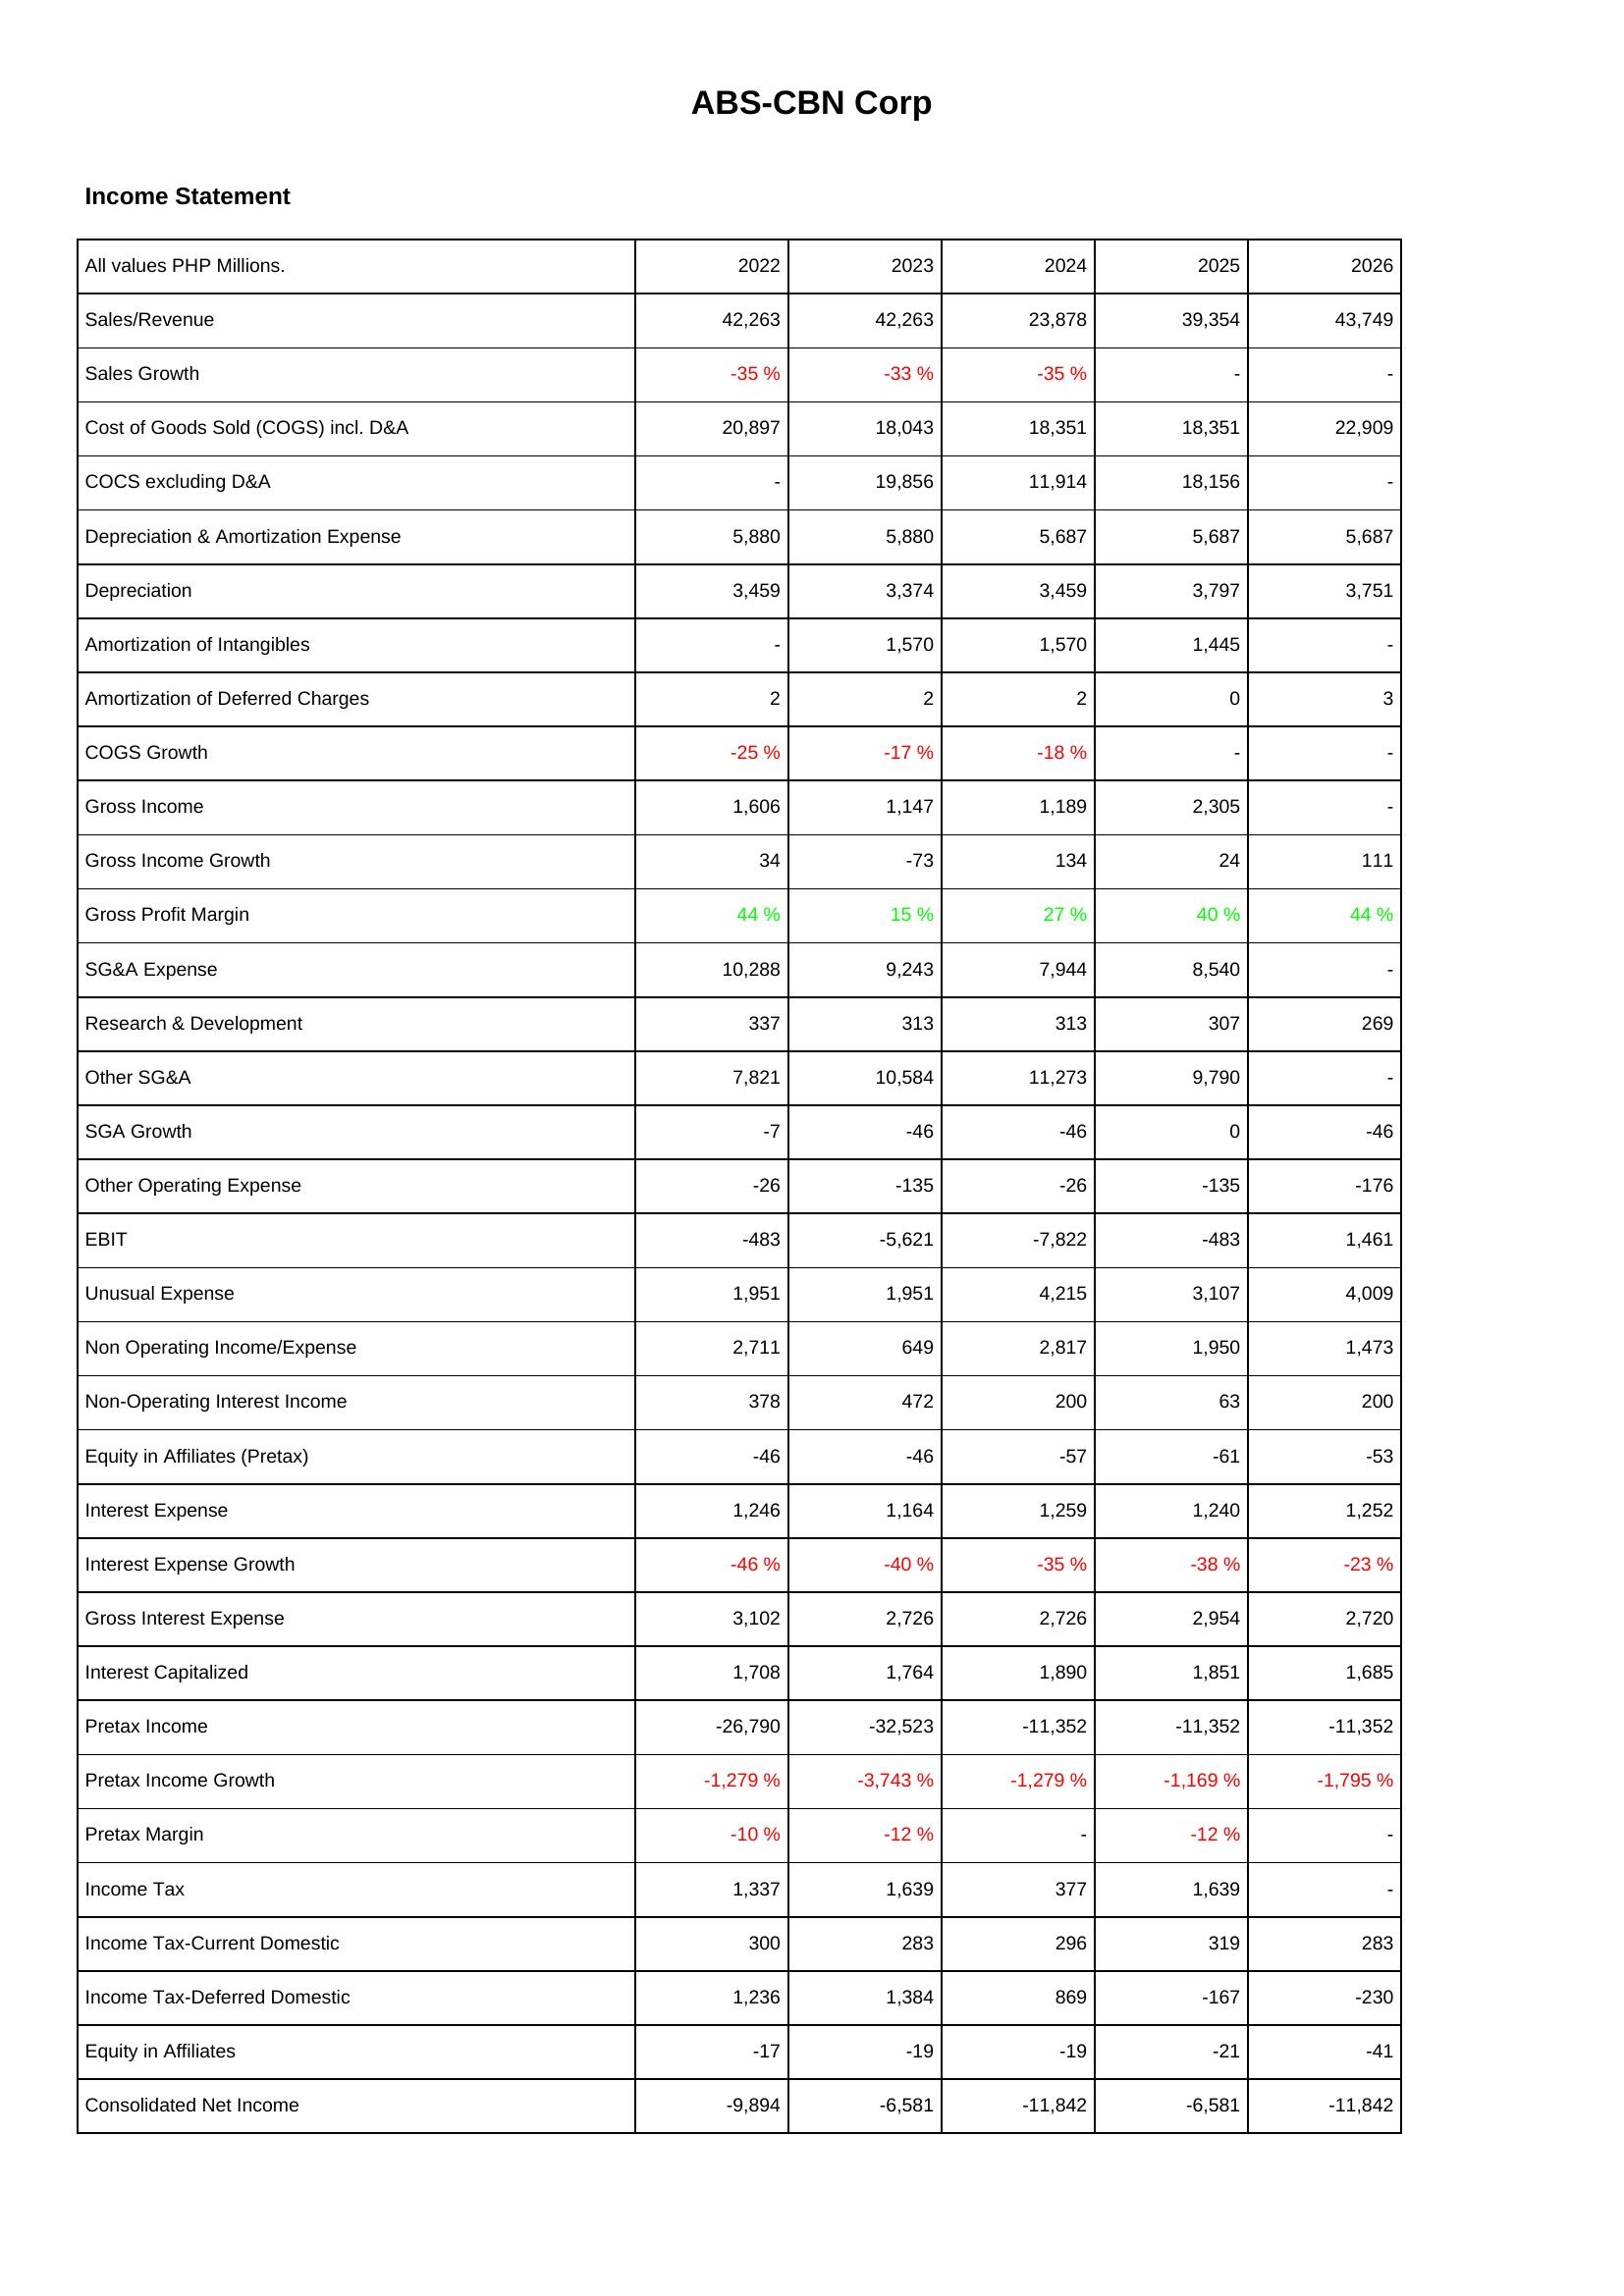
2022: Income Statement: Sales/Revenue: 42,263
Sales Growth: -35 %
Cost of Goods Sold (COGS) incl. D&A: 20,897
COCS excluding D&A: -
Depreciation & Amortization Expense: 5,880
Depreciation: 3,459
Amortization of Intangibles: -
Amortization of Deferred Charges: 2
COGS Growth: -25 %
Gross Income: 1,606
Gross Income Growth: 34
Gross Profit Margin: 44 %
SG&A Expense: 10,288
Research & Development: 337
Other SG&A: 7,821
SGA Growth: -7
Other Operating Expense: -26
EBIT: -483
Unusual Expense: 1,951
Non Operating Income/Expense: 2,711
Non-Operating Interest Income: 378
Equity in Affiliates (Pretax): -46
Interest Expense: 1,246
Interest Expense Growth: -46 %
Gross Interest Expense: 3,102
Interest Capitalized: 1,708
Pretax Income: -26,790
Pretax Income Growth: -1,279 %
Pretax Margin: -10 %
Income Tax: 1,337
Income Tax-Current Domestic: 300
Income Tax-Deferred Domestic: 1,236
Equity in Affiliates: -17
Consolidated Net Income: -9,894
2023: Income Statement: Sales/Revenue: 42,263
Sales Growth: -33 %
Cost of Goods Sold (COGS) incl. D&A: 18,043
COCS excluding D&A: 19,856
Depreciation & Amortization Expense: 5,880
Depreciation: 3,374
Amortization of Intangibles: 1,570
Amortization of Deferred Charges: 2
COGS Growth: -17 %
Gross Income: 1,147
Gross Income Growth: -73
Gross Profit Margin: 15 %
SG&A Expense: 9,243
Research & Development: 313
Other SG&A: 10,584
SGA Growth: -46
Other Operating Expense: -135
EBIT: -5,621
Unusual Expense: 1,951
Non Operating Income/Expense: 649
Non-Operating Interest Income: 472
Equity in Affiliates (Pretax): -46
Interest Expense: 1,164
Interest Expense Growth: -40 %
Gross Interest Expense: 2,726
Interest Capitalized: 1,764
Pretax Income: -32,523
Pretax Income Growth: -3,743 %
Pretax Margin: -12 %
Income Tax: 1,639
Income Tax-Current Domestic: 283
Income Tax-Deferred Domestic: 1,384
Equity in Affiliates: -19
Consolidated Net Income: -6,581
2024: Income Statement: Sales/Revenue: 23,878
Sales Growth: -35 %
Cost of Goods Sold (COGS) incl. D&A: 18,351
COCS excluding D&A: 11,914
Depreciation & Amortization Expense: 5,687
Depreciation: 3,459
Amortization of Intangibles: 1,570
Amortization of Deferred Charges: 2
COGS Growth: -18 %
Gross Income: 1,189
Gross Income Growth: 134
Gross Profit Margin: 27 %
SG&A Expense: 7,944
Research & Development: 313
Other SG&A: 11,273
SGA Growth: -46
Other Operating Expense: -26
EBIT: -7,822
Unusual Expense: 4,215
Non Operating Income/Expense: 2,817
Non-Operating Interest Income: 200
Equity in Affiliates (Pretax): -57
Interest Expense: 1,259
Interest Expense Growth: -35 %
Gross Interest Expense: 2,726
Interest Capitalized: 1,890
Pretax Income: -11,352
Pretax Income Growth: -1,279 %
Pretax Margin: -
Income Tax: 377
Income Tax-Current Domestic: 296
Income Tax-Deferred Domestic: 869
Equity in Affiliates: -19
Consolidated Net Income: -11,842
2025: Income Statement: Sales/Revenue: 39,354
Sales Growth: -
Cost of Goods Sold (COGS) incl. D&A: 18,351
COCS excluding D&A: 18,156
Depreciation & Amortization Expense: 5,687
Depreciation: 3,797
Amortization of Intangibles: 1,445
Amortization of Deferred Charges: 0
COGS Growth: -
Gross Income: 2,305
Gross Income Growth: 24
Gross Profit Margin: 40 %
SG&A Expense: 8,540
Research & Development: 307
Other SG&A: 9,790
SGA Growth: 0
Other Operating Expense: -135
EBIT: -483
Unusual Expense: 3,107
Non Operating Income/Expense: 1,950
Non-Operating Interest Income: 63
Equity in Affiliates (Pretax): -61
Interest Expense: 1,240
Interest Expense Growth: -38 %
Gross Interest Expense: 2,954
Interest Capitalized: 1,851
Pretax Income: -11,352
Pretax Income Growth: -1,169 %
Pretax Margin: -12 %
Income Tax: 1,639
Income Tax-Current Domestic: 319
Income Tax-Deferred Domestic: -167
Equity in Affiliates: -21
Consolidated Net Income: -6,581
2026: Income Statement: Sales/Revenue: 43,749
Sales Growth: -
Cost of Goods Sold (COGS) incl. D&A: 22,909
COCS excluding D&A: -
Depreciation & Amortization Expense: 5,687
Depreciation: 3,751
Amortization of Intangibles: -
Amortization of Deferred Charges: 3
COGS Growth: -
Gross Income: -
Gross Income Growth: 111
Gross Profit Margin: 44 %
SG&A Expense: -
Research & Development: 269
Other SG&A: -
SGA Growth: -46
Other Operating Expense: -176
EBIT: 1,461
Unusual Expense: 4,009
Non Operating Income/Expense: 1,473
Non-Operating Interest Income: 200
Equity in Affiliates (Pretax): -53
Interest Expense: 1,252
Interest Expense Growth: -23 %
Gross Interest Expense: 2,720
Interest Capitalized: 1,685
Pretax Income: -11,352
Pretax Income Growth: -1,795 %
Pretax Margin: -
Income Tax: -
Income Tax-Current Domestic: 283
Income Tax-Deferred Domestic: -230
Equity in Affiliates: -41
Consolidated Net Income: -11,842